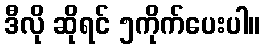
ဒီလို ဆိုရင် ၅ကိုက်ပေးပါ။